Election expenses, 1919, 1919
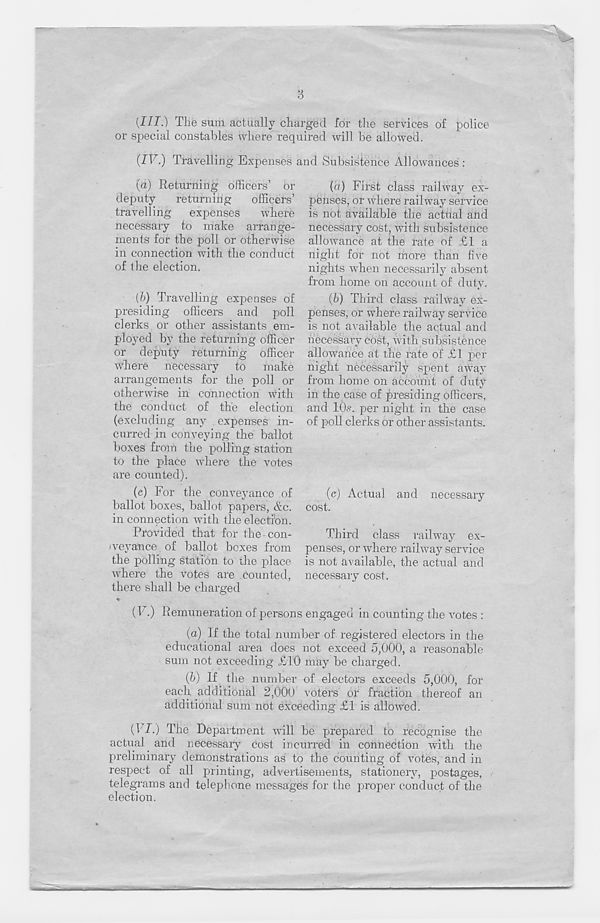
3
(JII.) The sum actually charged for the services of police
or special constables where required will be allowed.
(IV.) Travelling Expenses and Subsistence Allowances :
(a) Returning officers’ or
deputy returning officers’
travelling expenses
where
necessary to make arrange-
ments for the poll or otherwise
in connection with the conduct
of the election.
(b) Travelling expenses of
presiding officers and poll
clerks or other assistants em-
ployed by the returning officer
or deputy returning officer
where necessary to make
arrangements for the poll or
otherwise in connection with
the conduct of the election
(excluding any expenses in-
curred in conveying the ballot
boxes from the polling station
to the place where the votes
are counted).
(c) For the conveyance of
ballot boxes, ballot papers, &c.
in connection with the election.
Provided that for the con-
iveyance of ballot boxes from
the polling station to the place
where the votes are counted,
there shall be charged
(а) First class railway ex-
penses, or where railway service
is not available the actual and
necessary cost, with subsistence
allowance at the rate of £1 a
night for not more than five
nights when necessarily absent
from home on account of duty.
(б) Third class railway ex-
penses, or where railway service
is not available the actual and
necessary cost, with subsistence
allowance at the rate of £1 per
night necessarily spent away
from home on account of duty
in the case of presiding officers,
and ICb. per night in the case
of poll clerks or other assistants.
(c) Actual and necessary
cost.
Third class railway ex-
penses, or where railway service
is not available, the actual and
necessary cost.
(F.) Remuneration of persons engaged in counting the votes :
(а) If the total number of registered electors in the
educational area does not exceed 5,000, a reasonable
sum not exceeding £10 may be charged.
(б) If the number of electors exceeds 5,000, for
each additional 2,000 voters or fraction thereof an
additional sum not exceeding £1 is allowed.
{VI.) The Department will be prepared to recognise the
actual and necessary Cost incurred in connection with the
preliminary demonstrations as to the counting of votes, and in
respect of all printing, advertisements, stationery, postages,
telegrams and telephone messages for the proper conduct of the
election.